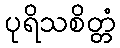
ပုရိသစိတ္တံ